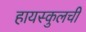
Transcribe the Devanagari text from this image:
हायस्कुलची